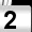
Digit: 2